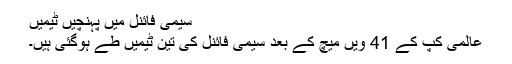
سیمی فائنل میں پہنچیں ٹیمیں
عالمی کپ کے 41 ویں میچ کے بعد سیمی فائنل کی تین ٹیمیں طے ہوگئی ہیں۔